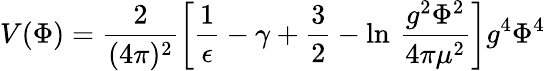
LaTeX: V(\Phi)=\frac{2}{(4\pi)^{2}}\left[\frac{1}{\epsilon}-\gamma+\frac{3}{2}-\ln\, \frac{g^{2}\Phi^{2}}{4\pi\mu^{2}}\right]g^{4}\Phi^{4}